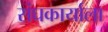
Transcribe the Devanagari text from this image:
संघकार्याला